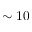
\sim 1 0